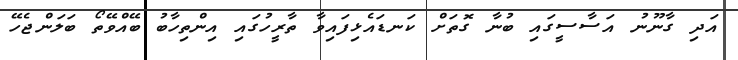
އަދި ގާނޫނު އަސާސީގައި ބުނާ ގޮތަށް ކަނޑައެޅިފައިވާ ތާރީހުގައި އިންތިހާބު ބޭއްވޭތޯ ބަލަންޖެހޭ